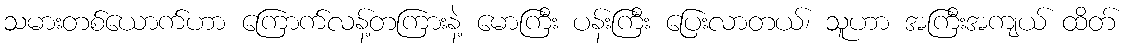
သမားတစ်ယောက်ဟာ ကြောက်လန့်တကြားနဲ့ မောကြီး ပန်းကြီး ပြေးလာတယ်၊ သူဟာ အကြီးအကျယ် ထိတ်